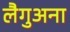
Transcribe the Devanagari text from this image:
लैगुअना